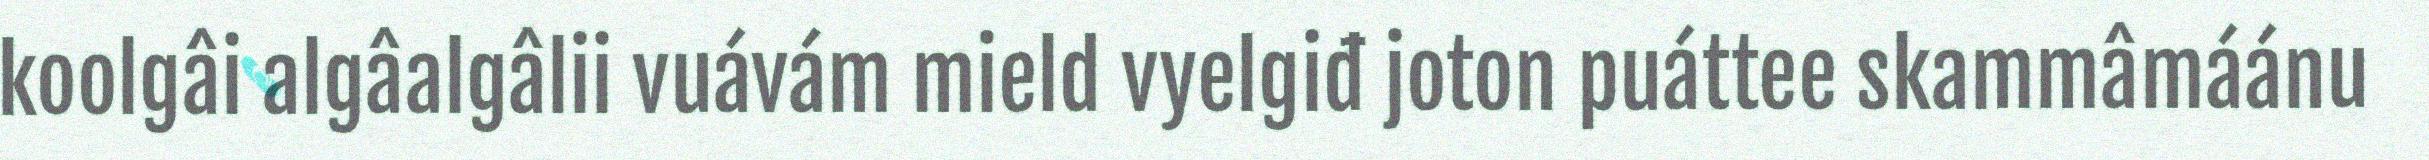
koolgâi algâalgâlii vuávám mield vyelgiđ joton puáttee skammâmáánu